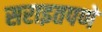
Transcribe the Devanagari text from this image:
सराइतपणे